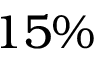
1 5 \%